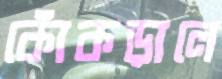
কোঁকড়ালে